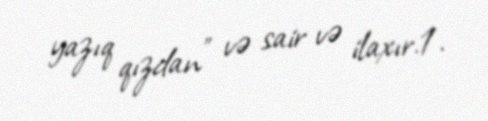
yazıq qızdan” və sair və ilaxır.1.